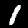
Label: 1